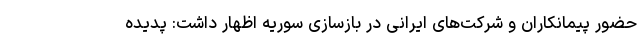
حضور پیمانکاران و شرکت‌های ایرانی در بازسازی سوریه اظهار داشت: ‌پدیده